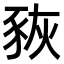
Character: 𧱉